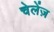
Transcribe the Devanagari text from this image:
चेलेंज़